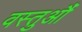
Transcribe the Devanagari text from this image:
वस्तुऔं